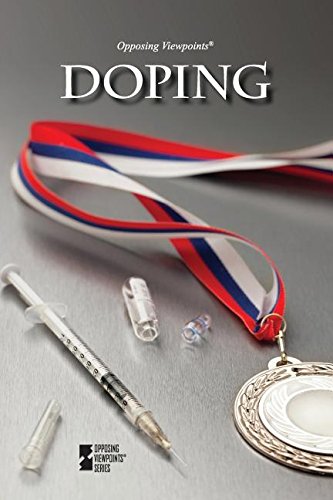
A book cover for Doping (Opposing Viewpoints); Margaret Haerens; Teen & Young Adult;